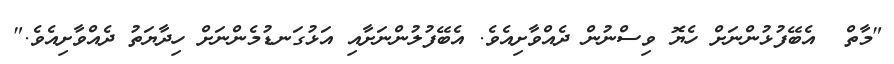
"މާތް  އެބޭފުޅުންނަށް ހެޔޮ ވިސްނުން ދެއްވާށިއެވެ. އެބޭފުލުންނަށާއި އަޅުގަނޑުމެންނަށް ހިދާޔަތު ދެއްވާށިއެވެ."